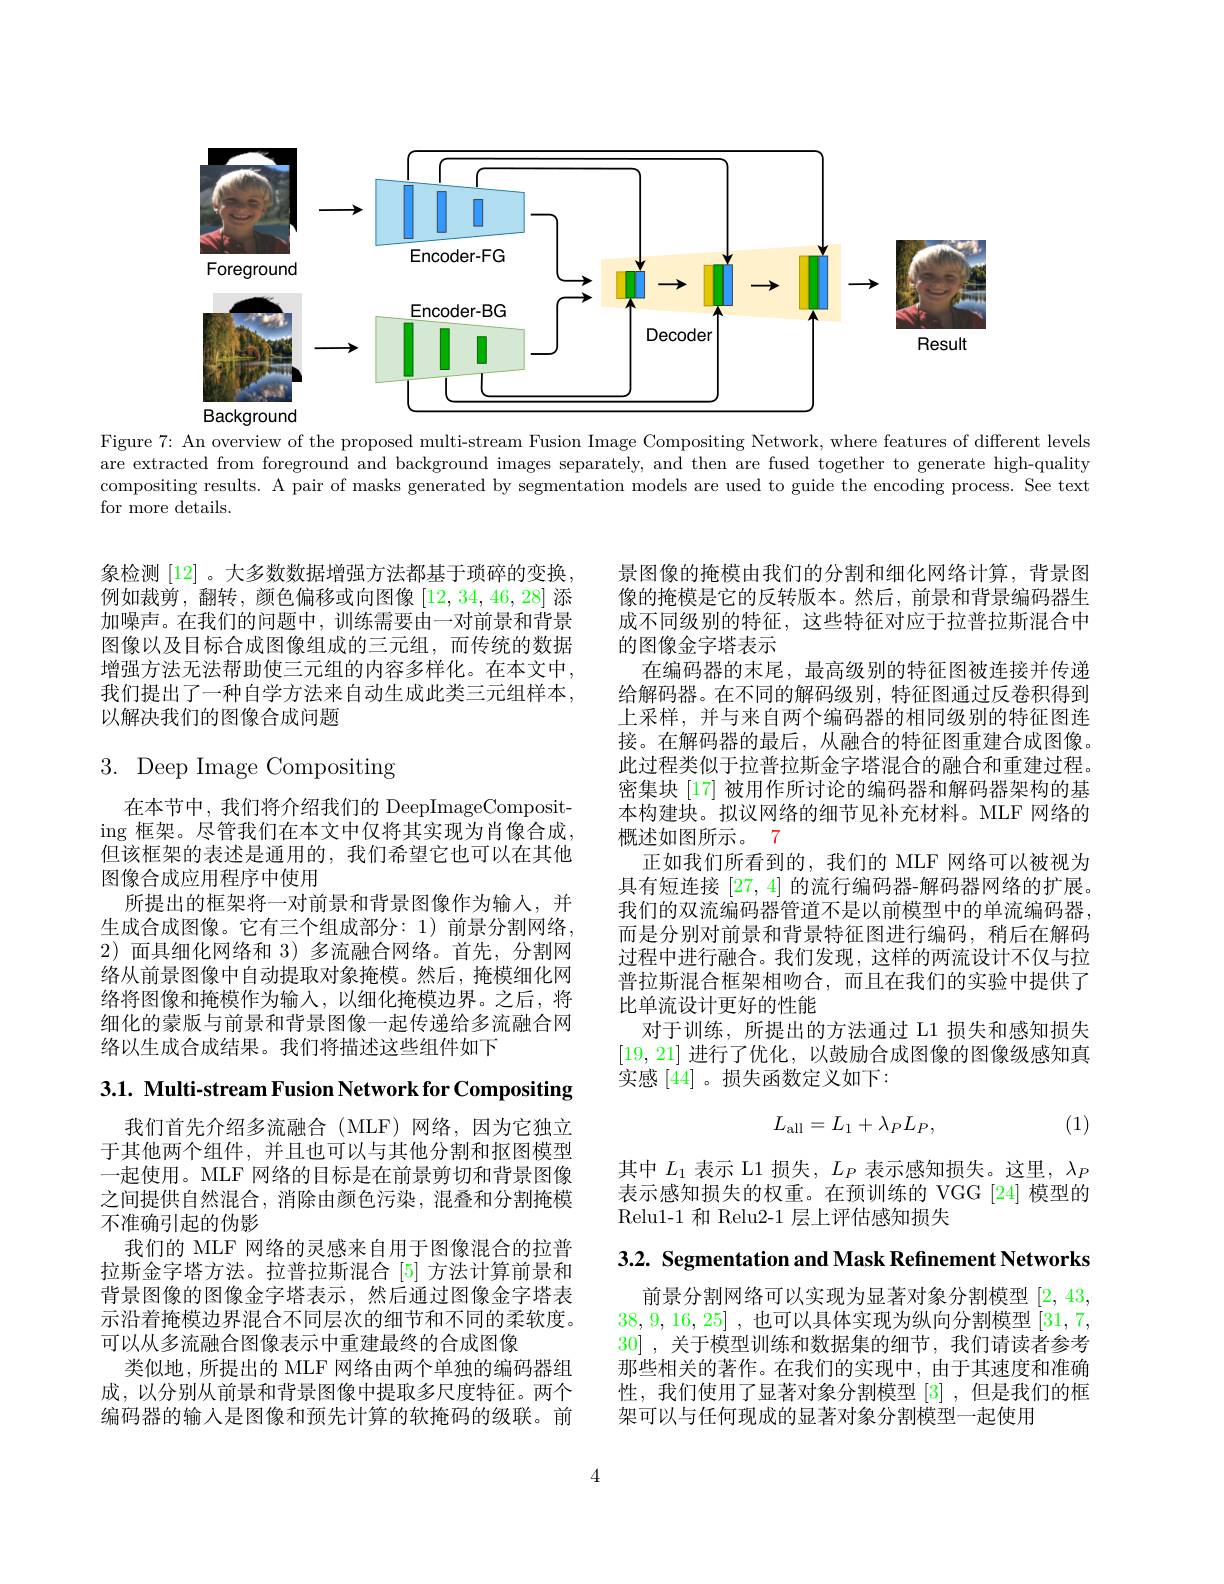
<FigureHere>

Figure 7: An overview of the proposed multi-stream Fusion Image Compositing Network, where features of different levels are extracted from foreground and background images separately, and then are fused together to generate high-quality compositing results. A pair of masks generated by segmentation models are used to guide the encoding process. See text for more details.

象检测[12]。大多数数据增强方法都基于琐碎的变换， 例如裁剪，翻转，颜色偏移或向图像[12,34,46,28]添加噪声。在我们的问题中，训练需要由一对前景和背景图像以及目标合成图像组成的三元组，而传统的数据增强方法无法帮助使三元组的内容多样化。在本文中， 我们提出了一种自学方法来自动生成此类三元组样本， 以解决我们的图像合成问题

# 3. Deep Image Compositing

在本节中，我们将介绍我们的 DeepImageComposit- $\operatorname{ing}$ 框架。尽管我们在本文中仅将其实现为肖像合成， 但该框架的表述是通用的，我们希望它也可以在其他图像合成应用程序中使用
所提出的框架将一对前景和背景图像作为输入，并生成合成图像。它有三个组成部分：1)前景分割网络， 2)面具细化网络和 3)多流融合网络。首先，分割网络从前景图像中自动提取对象掩模。然后，掩模细化网络将图像和掩模作为输入，以细化掩模边界。之后，将细化的蒙版与前景和背景图像一起传递给多流融合网络以生成合成结果。我们将描述这些组件如下

3.1. Multi-stream Fusion Network for Compositing

我们首先介绍多流融合(MLF)网络，因为它独立于其他两个组件，并且也可以与其他分割和抠图模型一起使用。MLF 网络的目标是在前景剪切和背景图像之间提供自然混合，消除由颜色污染，混叠和分割掩模不准确引起的伪影
我们的 MLF 网络的灵感来自用于图像混合的拉普拉斯金字塔方法。拉普拉斯混合[5]方法计算前景和背景图像的图像金字塔表示，然后通过图像金字塔表示沿着掩模边界混合不同层次的细节和不同的柔软度。可以从多流融合图像表示中重建最终的合成图像
类似地，所提出的 MLF 网络由两个单独的编码器组成，以分别从前景和背景图像中提取多尺度特征。两个编码器的输入是图像和预先计算的软掩码的级联。前

景图像的掩模由我们的分割和细化网络计算，背景图像的掩模是它的反转版本。然后，前景和背景编码器生成不同级别的特征，这些特征对应于拉普拉斯混合中的图像金字塔表示
在编码器的末尾，最高级别的特征图被连接并传递给解码器。在不同的解码级别，特征图通过反卷积得到上采样，并与来自两个编码器的相同级别的特征图连接。在解码器的最后，从融合的特征图重建合成图像。此过程类似于拉普拉斯金字塔混合的融合和重建过程。密集块[17] 被用作所讨论的编码器和解码器架构的基本构建块。拟议网络的细节见补充材料。MLF 网络的概述如图所示。7
正如我们所看到的，我们的 MLF 网络可以被视为具有短连接[27,4]的流行编码器-解码器网络的扩展。我们的双流编码器管道不是以前模型中的单流编码器， 而是分别对前景和背景特征图进行编码，稍后在解码过程中进行融合。我们发现，这样的两流设计不仅与拉普拉斯混合框架相吻合，而且在我们的实验中提供了比单流设计更好的性能
对于训练，所提出的方法通过 L1 损失和感知损失[19,21]进行了优化，以鼓励合成图像的图像级感知真实感[44]。损失函数定义如下：

(1)
$$L_{\mathrm{all}}=L_1+\lambda_PL_P,$$
其中$L_1$表示 L1 损失，$L_P$表示感知损失。这里，$\lambda_P$ 表示感知损失的权重。在预训练的 VGG [24] 模型的Relu1-1 和 Relu2-1 层上评估感知损失

3.2. Segmentation and Mask Refinement Networks

前景分割网络可以实现为显著对象分割模型[2,43, 38,9,16,25] ,也可以具体实现为纵向分割模型[31,7, 30] ,关于模型训练和数据集的细节，我们请读者参考那些相关的著作。在我们的实现中，由于其速度和准确性，我们使用了显著对象分割模型[3] ,但是我们的框架可以与任何现成的显著对象分割模型一起使用

4